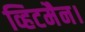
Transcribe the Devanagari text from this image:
व्हिटमैन।